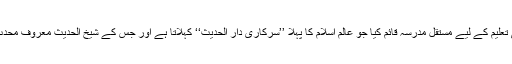
دمشق میں علم حدیث کی تعلیم کے لیے مستقل مدرسہ قائم کیا جو عالم اسلام کا پہلا ’’سرکاری دار الحدیث‘‘ کہلاتا ہے اور جس کے شیخ الحدیث معروف محدث حافظ ابن عساکرؒ تھے۔